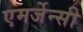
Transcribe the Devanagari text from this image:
एमर्जेन्सी